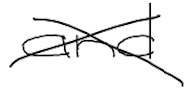
Text: and
Cross-out: cross
Writing tool: digital_black